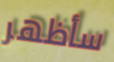
سأظهر